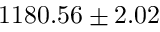
1 1 8 0 . 5 6 \pm 2 . 0 2